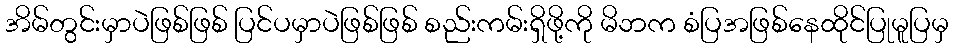
အိမ်တွင်းမှာပဲဖြစ်ဖြစ် ပြင်ပမှာပဲဖြစ်ဖြစ် စည်းကမ်းရှိဖို့ကို မိဘက စံပြအဖြစ်နေထိုင်ပြုမူပြမှ